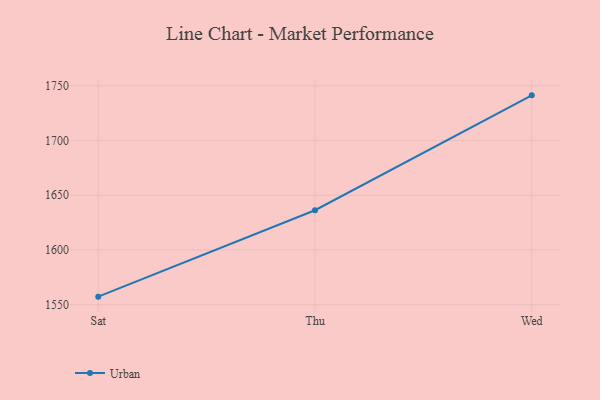
{"axis": {"x": "Day", "y": "Demand Index"}, "legend": ["Urban"], "data": [{"x": "Sat", "y": 1557.4, "type": "Urban"}, {"x": "Thu", "y": 1636.3, "type": "Urban"}, {"x": "Wed", "y": 1741.2, "type": "Urban"}]}